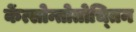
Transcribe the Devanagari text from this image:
केंत्सोन्तोतोच्तिन